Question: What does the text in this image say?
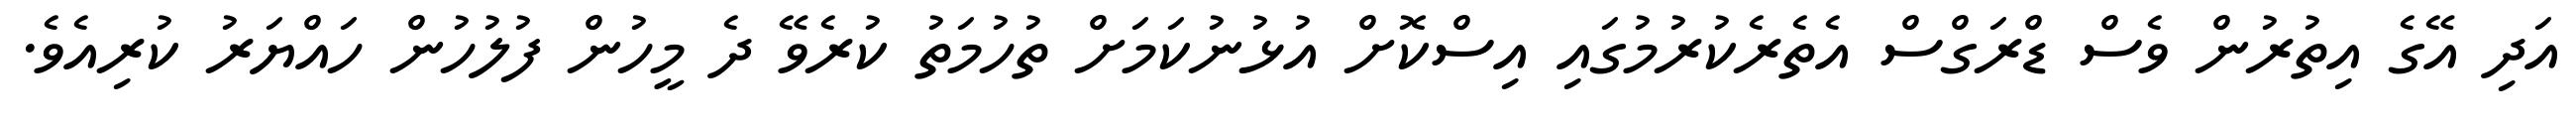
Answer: އަދި އޭގެ އިތުރުން ވެސް ޑްރަގްސް އެތެރެކުރުމުގައި އިސްކޮށް އުޅުނުކަމަށް ތުހުމަތު ކުރެވޭ ދެ މީހުން ފުލުހުން ހައްޔަރު ކުރިއެވެ.